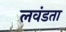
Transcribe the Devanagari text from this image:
लवंडता